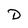
Character: D